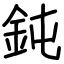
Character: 鈍